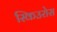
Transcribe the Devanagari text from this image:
स्किउरोस